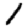
Digit: 1